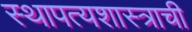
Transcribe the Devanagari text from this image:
स्थापत्यशास्त्राची